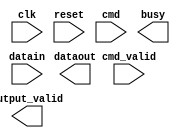
module lcd_ctrl(clk, reset, datain, cmd, cmd_valid, dataout, output_valid, busy);
input           clk;
input           reset;
input   [7:0]   datain;
input   [2:0]   cmd;
input           cmd_valid;
output  [7:0]   dataout;
output          output_valid;
output          busy;


                                                                                     
endmodule